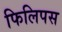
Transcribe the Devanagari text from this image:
फिलिपस